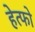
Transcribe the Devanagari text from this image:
हेत्फो